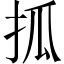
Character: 㧓